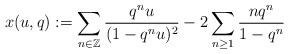
\begin{align*} x(u,q) &:= \sum_{n\in \mathbb{Z}}\frac{q^nu}{(1-q^nu)^2}-2\sum_{n\geq 1}\frac{nq^n}{1-q^n}\end{align*}